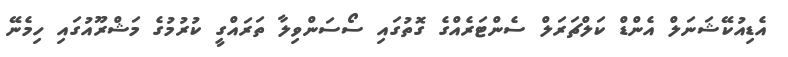
އެޑިއުކޭޝަނަލް އެންޑް ކަލްޗަރަލް ސެންޓަރެއްގެ ގޮތުގައި ސޯސަންވިލާ ތަރައްގީ ކުރުމުގެ މަޝްރޫއުގައި ހިމެނޭ